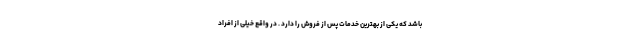
باشد که یکی از بهترین خدمات پس از فروش را دارد . در واقع خیلی از افراد